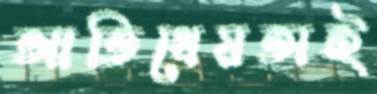
আতিথেয়তাই